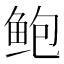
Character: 鲍